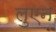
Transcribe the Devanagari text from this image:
लुएन